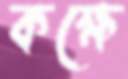
কক্ষে